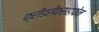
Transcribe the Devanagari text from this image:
फ्रीडरीक्सहाफेन